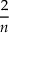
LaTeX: \frac { 2 } { n }